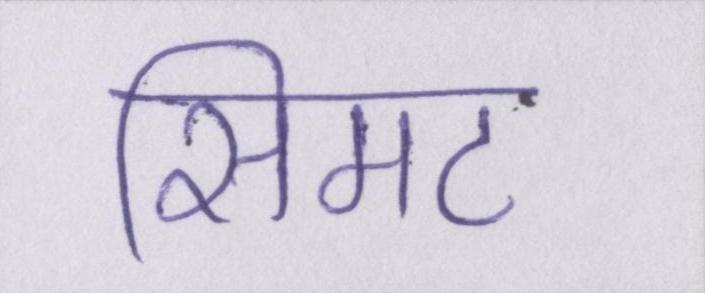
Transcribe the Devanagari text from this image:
सिमट